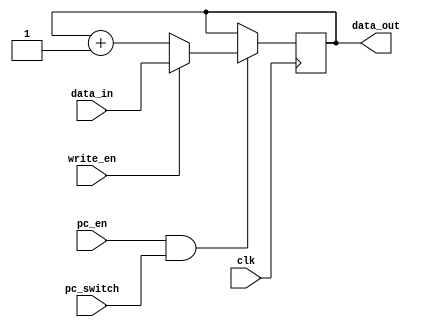
module register_pc (
	input clk,    // Clock
	input write_en, // Write Enable
	input pc_en, // hold the current pc (this is for micro instructions)
	input pc_switch, //to manually pause processor
	input [15:0]data_in, // Data input from C bus
	output reg [15:0]data_out //Data output to the B bus
);

reg start;

initial begin
 data_out=0;
end

always @ (negedge clk) begin 
	if (pc_en & pc_switch) begin
		if (write_en) data_out<=data_in;
		else data_out<=data_out+1;
	end
end 

endmodule